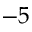
- 5